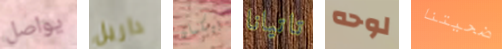
يواصل داريل بيكمان تاتيانا لوحه ضحيتنا